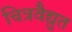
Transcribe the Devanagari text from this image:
चित्रवैद्युत